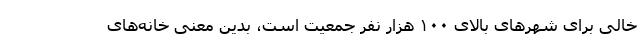
خالی برای شهرهای بالای ۱۰۰ هزار نفر جمعیت است، بدین معنی خانه‌های